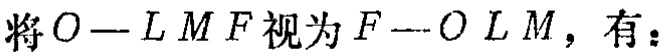
将\(O - LMF\)视为\(F - OLM\)，有：